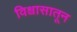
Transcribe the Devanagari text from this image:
विश्वासातून